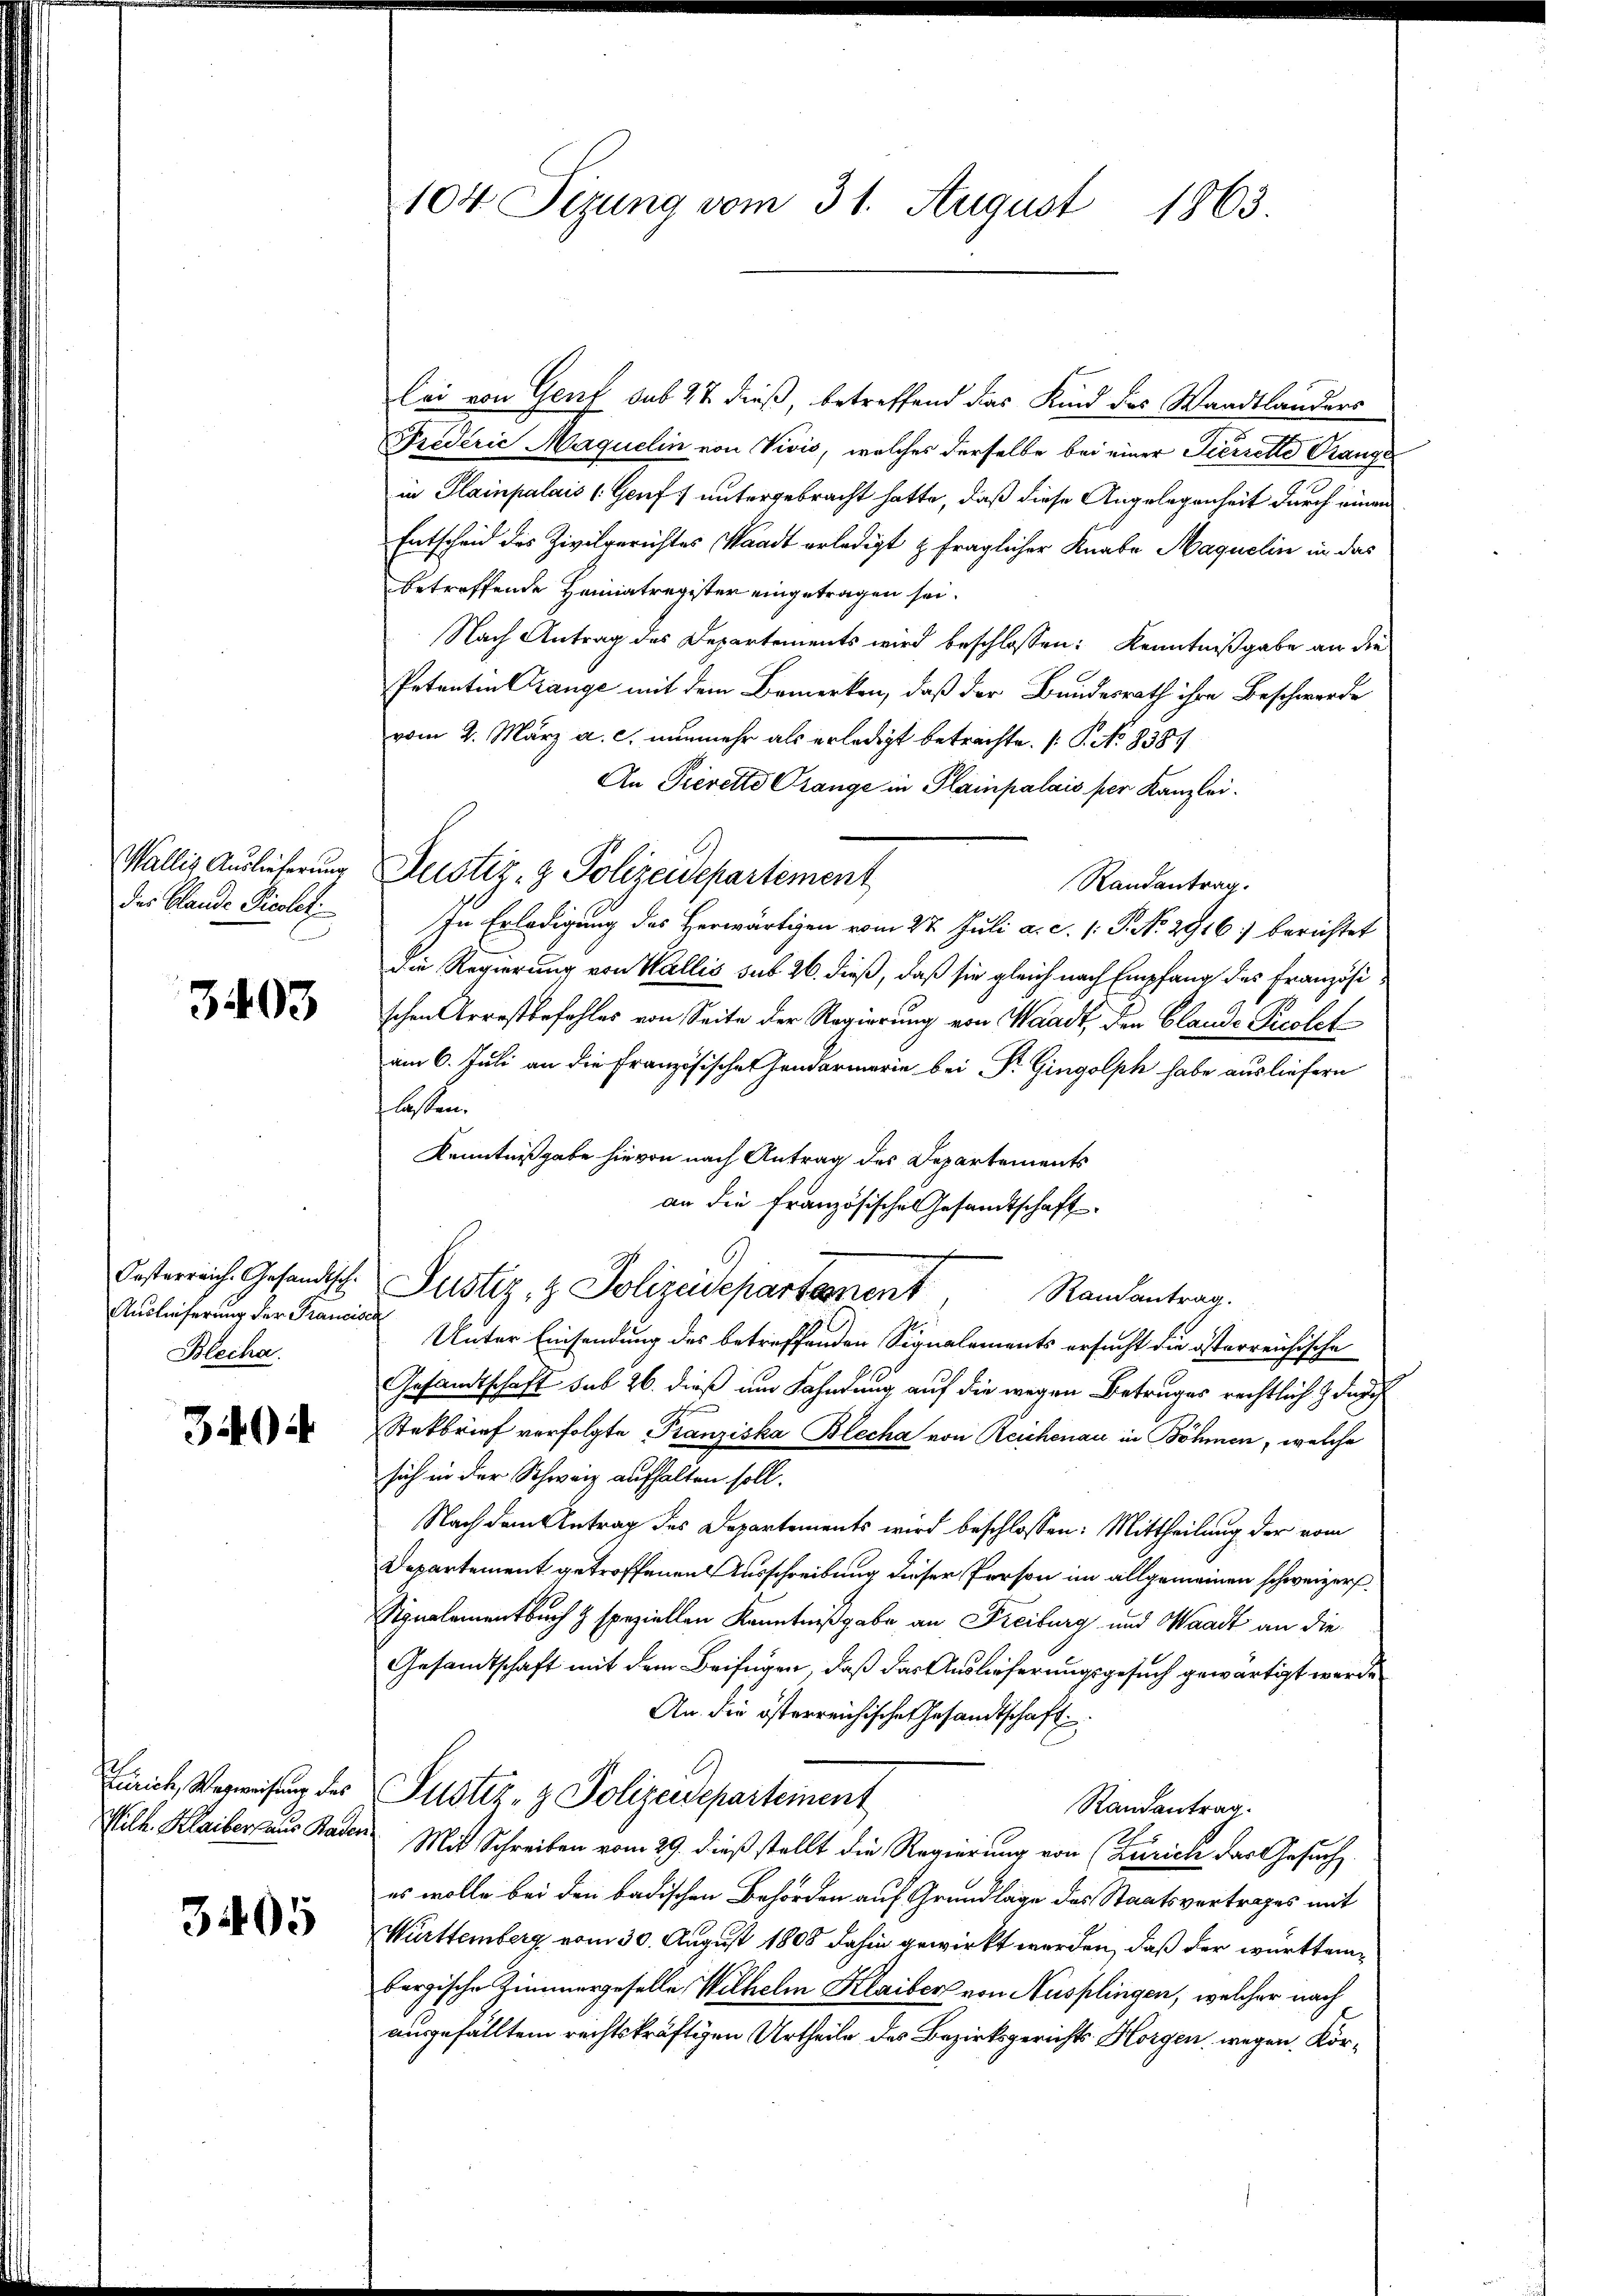
Wallis Auslieferung
des Blande Picolet.

3403

Oesterreich. Gesandisch.
Auslieferung der Francisca
Blecha

3404

Zürich, Wegweisung des
Wilh. Klaiber aus Bader

3405

104 Sezung vom 31. August 1863.

lei von Genf sub 27 dieß, betreffend das Kind des Waadtlanders
Frederić Maquelin von Vivis, welches derselbe bei einer Pierrette Ganze
e
in Plainpalais (Genf 1 untergebracht hatte, daß diese Angelegenheit durch einen
Entscheid des Zivilgerichtes Waadt erledigt & fraglicher Knabe Maquelin in das
betreffende Heimatregister eingetragen sei.
Nach Antrag des Departements wird beschlossen: Kenntnißgabe an die
Petenten Crange mit dem Bemerken, daß der Bundesrath ihre Beschwerde
vom 2. März a. c. nunmehr als erledigt betrachte. (T. No 8387
An Tierette Prange in Plainpalais per Kanzlei.
Justiz- & Polizeidepartement
Randantrag.
In Erledigung des Herwärtigen vom 27. Juli a. c. (T. No. 2916) berichtet
Die Regierung von Wallis sub 26. dieß, daß sie gleich nach Empfang des Französischen Arrestbefehles von Seite der Regierung von Waadt, den Blande Presletam 6. Juli an die Französischen Handarmerie bei Dr. Gingolph habe ausliefern
lassen.
Kenntnißgabe hievon nach Antrag des Departements
an die Französisches Gesandtschaft.
Justiz- & Polizeidepartament
Randantrag.
Unter Einsendung des betreffenden Signalements ersucht die österreichische
Gesandtschaft sub 26. dieß um Fahndung auf die wegen Betruges rechtlich & das
Stakbrief verfolgte Franziska Blecha von Reichenau in Böhmen, welche
sich in der Schweiz aufhalten soll.
Nach dem Antrag des Departements wird beschlossen: Mittheilung der vom
Departement getroffenen Ausschreibung dieser Person im allgemeinen schweizers
Signalamentbuch & speziellen Kenntnißgabe an Freiburg und Waadt an die
Gesandtschaft mit dem Beifügen, daß das Auslieferungsgesuch gewärtigt werde
An die österreichische Gesandtschaft
Justiz- & Polizeideparteinent
Randantrag.
Mit Schreiben vom 29. dieß stellt die Regierung von (Zürich das Gesuch
es wolle bei den badischen Behörden auf Grundlage des Staatsvertrages mit
Württemberg vom 30. August 1808 dahin gewirkt werden, daß der württembergische Zimmergeselle Wilhelm Klaiber von Ausplingen, welcher nach
ausgefälltem rechtskräftigen Urtheile des Bezirksgerichts- Horgen wegen Kor¬